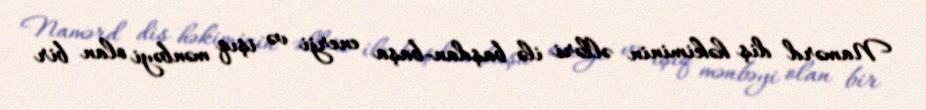
Namərd diş həkiminin əlləri ilə başdan-başa enerji və işıq mənbəyi olan bir